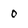
Character: 0